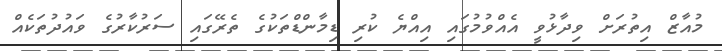
މުއާޒް އިތުރަށް ވިދާޅުވީ އެއްވުމުގައި އިއްޔެ ކުރި ޑިމާންޑްތަކުގެ ތެރޭގައި ސަރުކާރުގެ ވައުދުތަކެއް